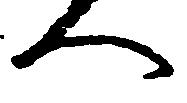
へ